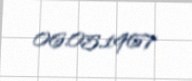
06.05.1967